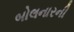
બોલનારની